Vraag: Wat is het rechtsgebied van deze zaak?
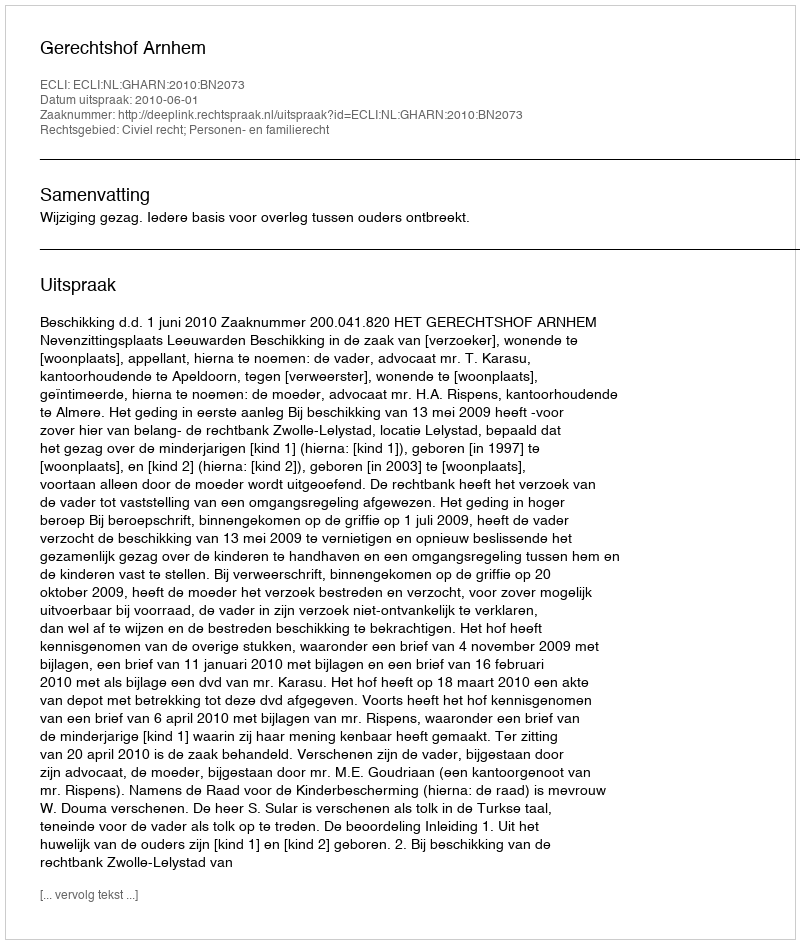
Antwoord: Civiel recht; Personen- en familierecht